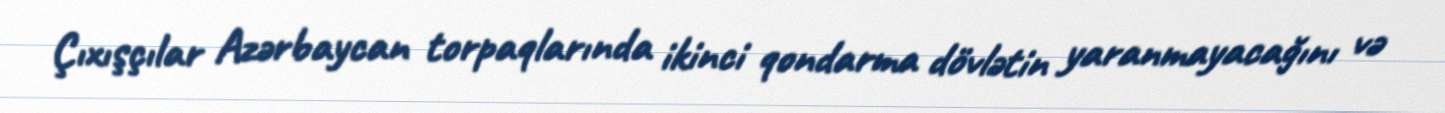
Çıxışçılar Azərbaycan torpaqlarında ikinci qondarma dövlətin yaranmayacağını və